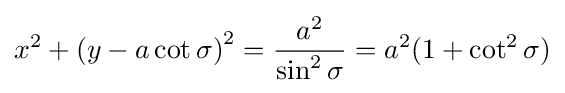
x^{2}+\left(y-a\cot \sigma \right)^{2}={\frac {a^{2}}{\sin ^{2}\sigma }}=a^{2}(1+\cot ^{2}\sigma )